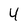
Character: 4